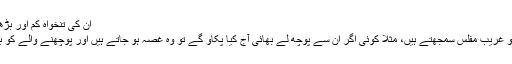
ان کی تنخواہ کم اور بڑھی ہوئی اوور انکم
اپنے علاوہ سب کو غریب مفلس سمجھتے ہیں، مثلا کوئی اگر ان سے پوچھ لے بھائی آج کیا پکاو گے تو وہ غصہ ہو جاتے ہیں اور پوچھنے والے کو برا بھلا کہتے ہیں۔